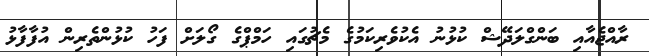
ރާއްޖެއާއި ބަންގްލަދޭޝް ކުޅުނު އެކުވެރިކަމުގެ މެޗުގައި ހަމްޕްގެ ގޯލަށް ފަހު ކުޅުންތެރިން އުފާފާޅު